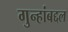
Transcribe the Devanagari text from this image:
गुन्हांबद्दल